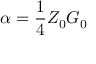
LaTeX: \alpha = { \frac { 1 } { 4 } } Z _ { 0 } G _ { 0 }